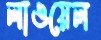
লাওয়েল